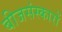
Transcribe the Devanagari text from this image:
बीजसंस्कारों